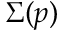
\Sigma ( p )